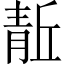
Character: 𬰘